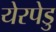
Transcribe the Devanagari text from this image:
येरपेडु